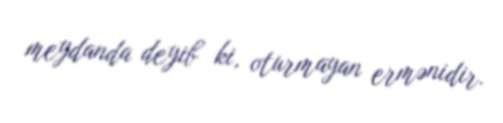
meydanda deyib ki, oturmayan ermənidir.